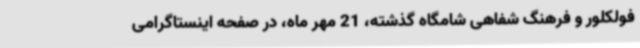
فولکلور و فرهنگ‌ شفاهی شامگاه گذشته، 21 مهر ماه، در صفحه اینستاگرامی